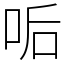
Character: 㖃